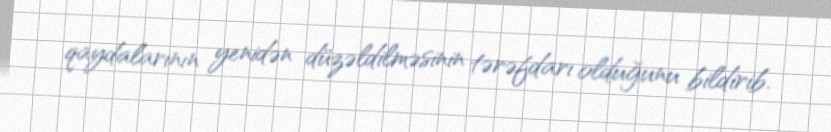
qaydalarının yenidən düzəldilməsinin tərəfdarı olduğunu bildirib.